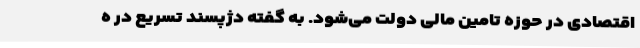
اقتصادی در حوزه تامین مالی دولت می‌شود. به گفته دژپسند تسریع در ه